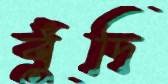
বুঁদি